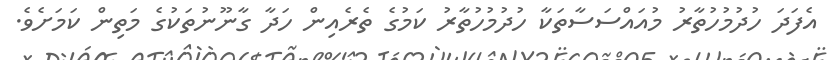
އެފަދަ ހުދުމުހުތާރު މުއައްސަސާތަކާ ހުދުމުހުތާރު ކަމުގެ ތެރެއިން ހަދާ ގާނޫނުތަކުގެ މަތިން ކަމަށެވެ.